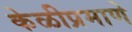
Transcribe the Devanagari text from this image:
केळीप्रमाणे